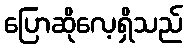
ပြောဆိုလေ့ရှိသည်